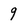
Character: 9